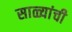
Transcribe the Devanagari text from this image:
साळ्यांची